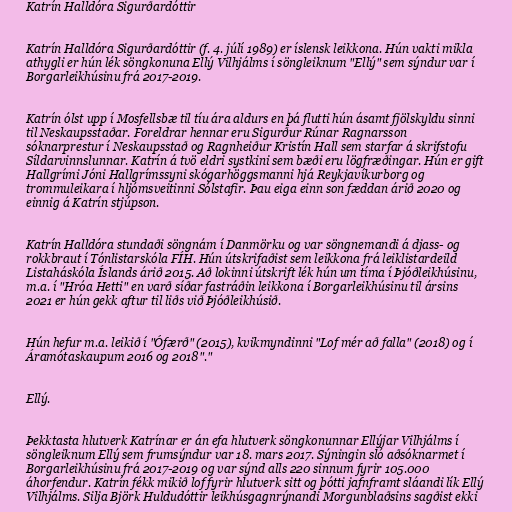
Katrín Halldóra Sigurðardóttir

Katrín Halldóra Sigurðardóttir (f. 4. júlí 1989) er íslensk leikkona. Hún vakti mikla
athygli er hún lék söngkonuna Ellý Vilhjálms í söngleiknum "Ellý" sem sýndur var í
Borgarleikhúsinu frá 2017-2019.

Katrín ólst upp í Mosfellsbæ til tíu ára aldurs en þá flutti hún ásamt fjölskyldu sinni
til Neskaupsstaðar. Foreldrar hennar eru Sigurður Rúnar Ragnarsson
sóknarprestur í Neskaupsstað og Ragnheiður Kristín Hall sem starfar á skrifstofu
Síldarvinnslunnar. Katrín á tvö eldri systkini sem bæði eru lögfræðingar. Hún er gift
Hallgrími Jóni Hallgrímssyni skógarhöggsmanni hjá Reykjavíkurborg og
trommuleikara í hljómsveitinni Sólstafir. Þau eiga einn son fæddan árið 2020 og
einnig á Katrín stjúpson.

Katrín Halldóra stundaði söngnám í Danmörku og var söngnemandi á djass- og
rokkbraut í Tónlistarskóla FÍH. Hún útskrifaðist sem leikkona frá leiklistardeild
Listaháskóla Íslands árið 2015. Að lokinni útskrift lék hún um tíma í Þjóðleikhúsinu,
m.a. í "Hróa Hetti" en varð síðar fastráðin leikkona í Borgarleikhúsinu til ársins
2021 er hún gekk aftur til liðs við Þjóðleikhúsið.

Hún hefur m.a. leikið í "Ófærð" (2015), kvikmyndinni "Lof mér að falla" (2018) og í
Áramótaskaupum 2016 og 2018"."

Ellý.

Þekktasta hlutverk Katrínar er án efa hlutverk söngkonunnar Ellýjar Vilhjálms í
söngleiknum Ellý sem frumsýndur var 18. mars 2017. Sýningin sló aðsóknarmet í
Borgarleikhúsinu frá 2017-2019 og var sýnd alls 220 sinnum fyrir 105.000
áhorfendur. Katrín fékk mikið lof fyrir hlutverk sitt og þótti jafnframt sláandi lík Ellý
Vilhjálms. Silja Björk Huldudóttir leikhúsgagnrýnandi Morgunblaðsins sagðist ekki